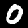
Label: 0